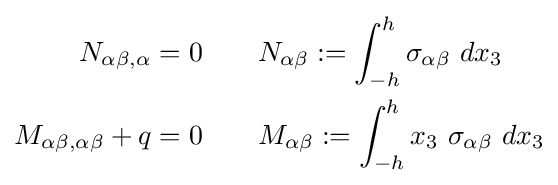
{\begin{aligned}N_{\alpha \beta ,\alpha }&=0\quad \quad N_{\alpha \beta }:=\int _{-h}^{h}\sigma _{\alpha \beta }~dx_{3}\\M_{\alpha \beta ,\alpha \beta }+q&=0\quad \quad M_{\alpha \beta }:=\int _{-h}^{h}x_{3}~\sigma _{\alpha \beta }~dx_{3}\end{aligned}}